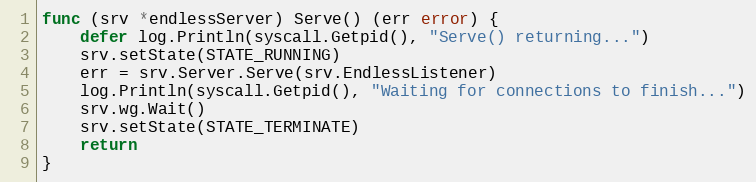
Language: Go
func (srv *endlessServer) Serve() (err error) {
	defer log.Println(syscall.Getpid(), "Serve() returning...")
	srv.setState(STATE_RUNNING)
	err = srv.Server.Serve(srv.EndlessListener)
	log.Println(syscall.Getpid(), "Waiting for connections to finish...")
	srv.wg.Wait()
	srv.setState(STATE_TERMINATE)
	return
}